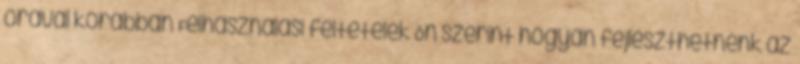
órával korábban Felhasználási feltételek Ön szerint hogyan fejleszthetnénk az